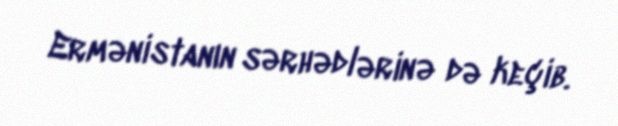
Ermənistanın sərhədlərinə də keçib.